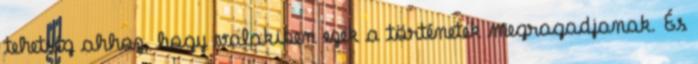
tehetség ahhoz, hogy valakiben ezek a történetek megragadjanak. És